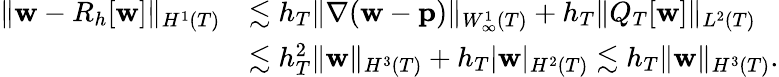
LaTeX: \begin{array}{rl}{\| \mathbf{w}-R_{h}[\mathbf{w}]\| _{H^{1}(T)}}&{\lesssim h_{T}\| \nabla(\mathbf{w}-\mathbf{p})\| _{W_{\infty}^{1}(T)}+h_{T}\| Q_{T}[\mathbf{w}]\| _{L^{2}(T)}}\\ &{\lesssim h_{T}^{2}\| \mathbf{w}\| _{H^{3}(T)}+h_{T}|\mathbf{w}|_{H^{2}(T)}\lesssim h_{T}\| \mathbf{w}\| _{H^{3}(T)}.}\end{array}